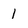
Character: 1